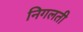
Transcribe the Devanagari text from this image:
निगलती